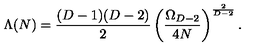
\Lambda ( N ) = { \frac { ( D - 1 ) ( D - 2 ) } { 2 } } \left( { \frac { \Omega _ { D - 2 } } { 4 N } } \right) ^ { \frac { 2 } { D - 2 } } .